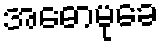
အဓောမုခေ